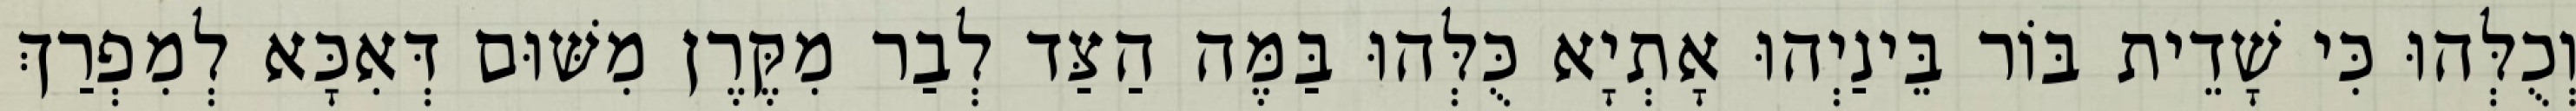
וְכֻלְּהוּ כִּי שָׁדֵית בּוֹר בֵּינַיְהוּ אָתְיָא כֻּלְּהוּ בַּמֶּה הַצַּד לְבַר מִקֶּרֶן מִשּׁוּם דְּאִכָּא לְמִפְרַךְ